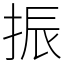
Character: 振